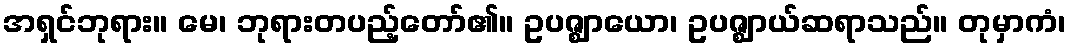
အရှင်ဘုရား။ မေ၊ ဘုရားတပည့်တော်၏။ ဥပဇ္ဈာယော၊ ဥပဇ္ဈာယ်ဆရာသည်။ တုမှာကံ၊